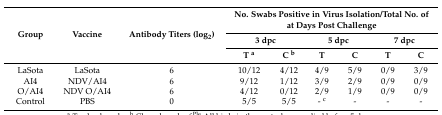
<table><thead><tr><td rowspan="3"><b>Group</b></td><td rowspan="3"><b>Vaccine</b></td><td rowspan="3"><b>Antibody Titers (log<sub>2</sub>)</b></td><td colspan="6"><b>No. Swabs Positive in Virus Isolation/Total No. of at Days Post Challenge</b></td></tr><tr><td colspan="2"><b>3 dpc</b></td><td colspan="2"><b>5 dpc</b></td><td colspan="2"><b>7 dpc</b></td></tr><tr><td><b>T <sup>a</sup></b></td><td><b>C <sup>b</sup></b></td><td><b>T</b></td><td><b>C</b></td><td><b>T</b></td><td><b>C</b></td></tr></thead><tbody><tr><td>LaSota</td><td>LaSota</td><td>6</td><td>10/12</td><td>4/12</td><td>4/9</td><td>5/9</td><td>0/9</td><td>3/9</td></tr><tr><td>AI4</td><td>NDV/AI4</td><td>6</td><td>9/12</td><td>1/12</td><td>3/9</td><td>2/9</td><td>0/9</td><td>0/9</td></tr><tr><td>O/AI4</td><td>NDV O/AI4</td><td>6</td><td>4/12</td><td>0/12</td><td>2/9</td><td>1/9</td><td>0/9</td><td>0/9</td></tr><tr><td>Control</td><td>PBS</td><td>0</td><td>5/5</td><td>5/5</td><td>- <sup>c</sup></td><td>-</td><td>-</td><td>-</td></tr></tbody></table>